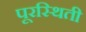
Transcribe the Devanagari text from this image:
पूरस्थिती